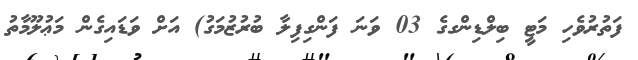
ފަތުރުވެހި މަޓީ ބިލްޑިންގގެ 03 ވަނަ ފަންގިފިލާ ބުރުޒުމަގު) އަށް ވަޑައިގެން މަޢުލޫމާތު